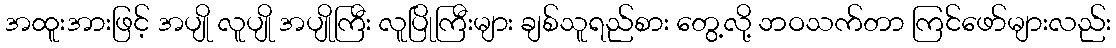
အထူးအားဖြင့် အပျို လူပျို အပျိုကြီး လူပြိုကြီးများ ချစ်သူရည်စား တွေ့လို့ ဘဝသက်တာ ကြင်ဖော်များလည်း